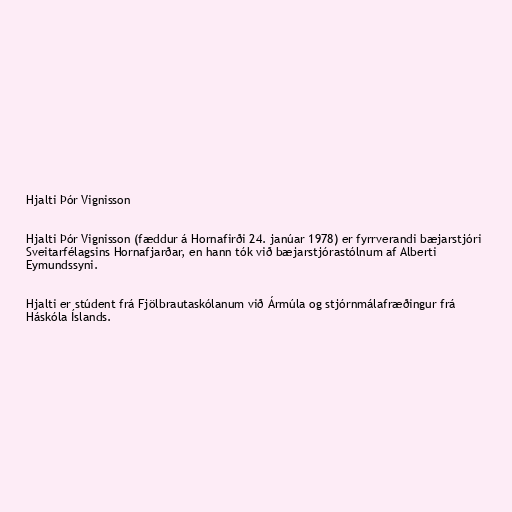
Hjalti Þór Vignisson

Hjalti Þór Vignisson (fæddur á Hornafirði 24. janúar 1978) er fyrrverandi bæjarstjóri
Sveitarfélagsins Hornafjarðar, en hann tók við bæjarstjórastólnum af Alberti
Eymundssyni.

Hjalti er stúdent frá Fjölbrautaskólanum við Ármúla og stjórnmálafræðingur frá
Háskóla Íslands.